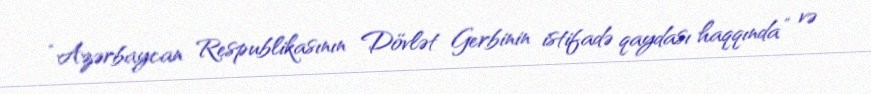
“Azərbaycan Respublikasının Dövlət Gerbinin istifadə qaydası haqqında” və